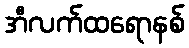
အီလက်ထရောနစ်